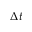
\Delta t